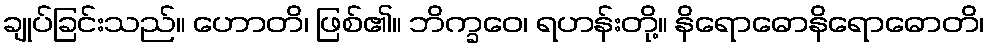
ချုပ်ခြင်းသည်။ ဟောတိ၊ ဖြစ်၏။ ဘိက္ခဝေ၊ ရဟန်းတို့။ နိရောဓောနိရောဓောတိ၊